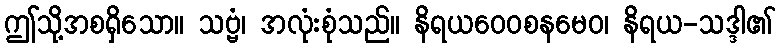
ဤသို့အစရှိသော။ သဗ္ဗံ၊ အလုံးစုံသည်။ နိရယဝေဝစနမေဝ၊ နိရယ-သဒ္ဒါ၏